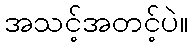
အသင့်အတင့်ပဲ။